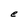
Character: e